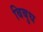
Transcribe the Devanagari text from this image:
बिबुध